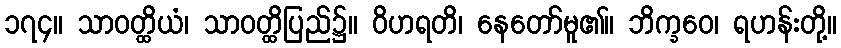
၁၇၄။ သာဝတ္ထိယံ၊ သာဝတ္ထိပြည်၌။ ဝိဟရတိ၊ နေတော်မူ၏။ ဘိက္ခဝေ၊ ရဟန်းတို့။